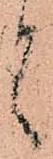
言